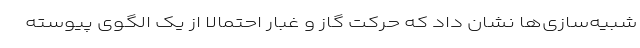
شبیه‌سازی‌ها نشان داد که حرکت گاز و غبار احتمالاً از یک الگوی پیوسته